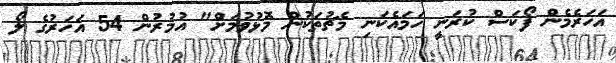
އަހަރެމެން ފޯކަސް ކުރަނީ ހަމައެކަނި މެޗުތަކުން މޮޅުވުމަށް" އުމުރުން 54 އަހަރުގެ ލޯ